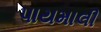
પાયમાલી